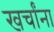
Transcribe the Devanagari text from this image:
खर्चांना